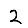
Digit: 2